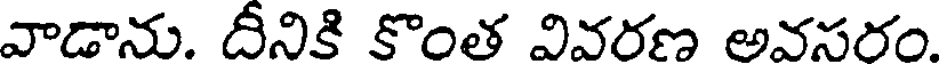
వాడాను. దీనికి కొంత వివరణ అవసరం.